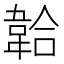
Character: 韐